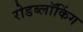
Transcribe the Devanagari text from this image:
रोडब्लॉकिंग